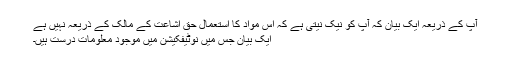
آپ کے ذریعہ ایک بیان کہ آپ کو نیک نیتی ہے کہ اس مواد کا استعمال حق اشاعت کے مالک کے ذریعہ نہیں ہے
ایک بیان جس میں نوٹیفکیشن میں موجود معلومات درست ہیں۔